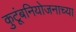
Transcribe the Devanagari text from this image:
कुटूंबनियोजनाच्या